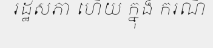
រដ្ឋសភា ហើយ ក្នុង ករណី